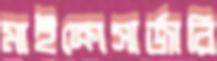
মাইক্রোসার্জারি